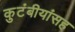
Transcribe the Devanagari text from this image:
कुटंबीयांसह